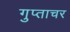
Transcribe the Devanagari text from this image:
गुप्ताचर